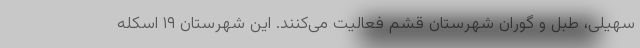
سهیلی، طبل و گوران شهرستان قشم فعالیت می‌کنند. این شهرستان ۱۹ اسکله